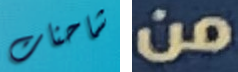
شاحنات من